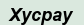
Хусрау